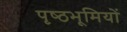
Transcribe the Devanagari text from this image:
पृष्‍ठभूमियों